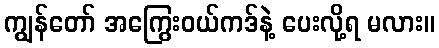
ကျွန်တော် အကြွေးဝယ်ကဒ်နဲ့ ပေးလို့ရ မလား။